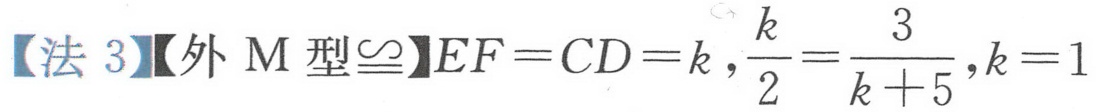
【法 3】【外\(M\)型\(\cong\)】\(EF = CD = k\)，\(\frac{k}{2}=\frac{3}{k + 5}\)，\(k = 1\)